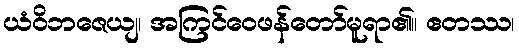
ယံဝိဘဇေယျ၊ အကြင်ဝေဖန်တော်မူရာ၏။ ဧတဿ၊